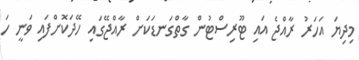
މިދިޔަ އަހަރު ރާއްޖެ އައި ޓޫރިސްޓުން ގާތްގަނޑަކަށް ރާއްޖޭގައި ހޭދަކޮށްފައި ވަނީ ހަ